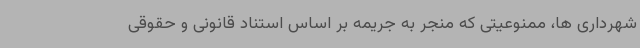
شهرداری ها، ممنوعیتی که منجر به جریمه بر اساس استناد قانونی و حقوقی